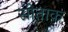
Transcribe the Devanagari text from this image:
सीताक